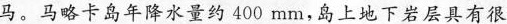
马。马略卡岛年降水量约400mm，岛上地下岩层具有很